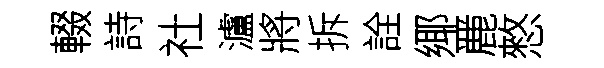
輟詩社瀘將拆詮鄊䴡憗